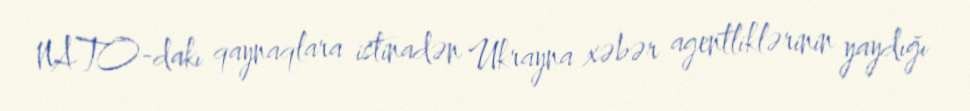
NATO-dakı qaynaqlara istinadən Ukrayna xəbər agentliklərinin yaydığı